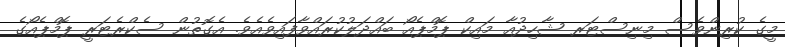
މީގެ ކުރިންވެސް މިނިސްޓަރ ޝާހިދުއާ މައިކް ޕޮމްޕެއޯ ބައްދަލުކުރައްވާފައިވެއެވެ. އެގޮތުން ސެކްރެޓަރީ ޕޮމްޕެއޯގެ